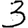
Digit: 3